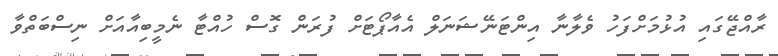
ރާއްޖޭގައި އުޅުމަށްފަހު ވެލާނާ އިންޓަނޭޝަނަލް އެއާޕޯޓަށް ފުރަން ގޮސް ހުއްޓާ ނެމީބިއާއަށް ނިސްބަތްވާ